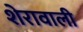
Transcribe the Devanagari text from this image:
शेरावाली